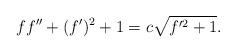
LaTeX: \begin{align*} f f''+(f')^2 + 1= c \sqrt{f'^2 + 1}.\end{align*}